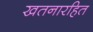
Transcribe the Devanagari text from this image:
खतनारहित